Scottish Leaving Certificate Examination, 1954
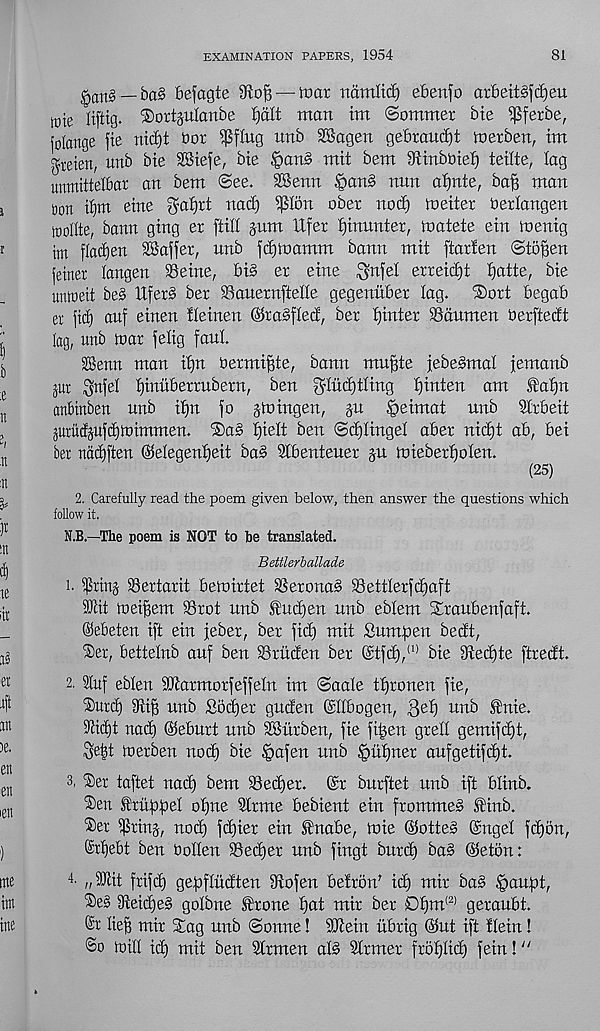
EXAMINATION PAPERS, 1954
81
^a n § _ ba§ befagte
— tear rtamlief) ebenfo orbeitSftfjeu
wte liftig. ^oxtjulanbe Ijdlt man tm (Sommer Me $fetbe,
(dattge fie ntc£)t bor iPflug unb 28agen gebraitcM loerben, tm
greten, urtb Me SBiefe, bie |>an§ mit bem MinbMef) teiite, lag
unmitielbar an bem @ee. SBenn §an§ nun afyxie, ba§ man
m tbm eine ga^rt nad) ^lon ober nod) metier berlangen
iDoilte, bann gtng er [till jum lifer fjinunter, matete ein loentg
ttrt flad)en iBaffer, unb fdjtoamm bann mit ftarfen ©toffen
jetner langen Seine, bi§ er eine $nfel erreidjt ^atte, bie
unioeit bes llfer§ ber Sauernfielle gegenuber lag. 'Sort begab
er fid) auf einen Heinen ©raffled, ber fjinter Sdumen berftedt
lag, unb mar felig font
3Benu man iffn Oermiffte, bann muftte febe§mai jemanb
jut Snfel ijtnuberrubern, ben ^ludjtling fjinten am fai)n
anbinben unb i£)n fo j to ingen, ju §eimat unb Sirbeit
jurudsufdjtoimmen. ®a§ f)ielt ben ®ci)iingel aber nid)t ab, bei
ber nadjften ©elegenijeit ba§ Slbenteuer ju toieberfjolen.
(25)
2. Carefully read the poem given below, then answer the questions which
follow it.
N.B.—The poem is NOT to be translated.
Bettlerballade
1. $rinj Sertarit betoirtet Serona§ Settler)djaft
SRit roeifiem Srot unb Studjen unb eblem Sraubenfaft.
©ebeteit ift ein jeber, ber fid) mit fiimtpen bedt,
Ser, bettelnb auf ben Sritden ber @tfd), (1) bie 3ted)te ftredt.
2. 2luf eblen SOtarmorfeffetn im Scale ttjronen fie,
®urd) Siff unb Sodfer guden (SItbogen, 3 e b) unb fhtie.
9cic£)t nad) ©eburt unb SBurben, fie ft|en grelt gemifdft,
Se|t toerben nod) bie §afen unb §uf)ner aufgetifd)t.
3. $er taftet nad) bem Sedjer. ©r burftet unb ift bliub.
(Sen ^rufitiel ofjne 91rme bebient ein frommeo SHnb.
'Ser tprinj, nod) fd)ier ein Unabe, toie @otte§ (Sngei fdjon,
®rt)ebt ben botien Sedjer unb fingt bttrd) bas ©etbn:
4 - „2Rit frifd) gepflitdten Mofen befron' id) mir ba§ ^aupt,
3teid)e§ gotbne trone f)at mir ber Dt)m l ' 2) geraubt.
@r lief] mir Sag unb Sonne! Stein itbrig @ut ift flein!
@o mill id) mit ben airmen al§ Slrmer frbfjtid) fein!